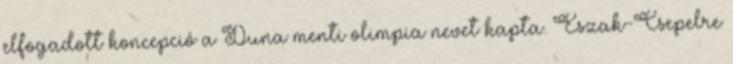
elfogadott koncepció a Duna menti olimpia nevet kapta. Észak-Csepelre